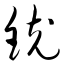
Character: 铳